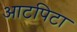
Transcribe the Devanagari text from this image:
आटपिटा